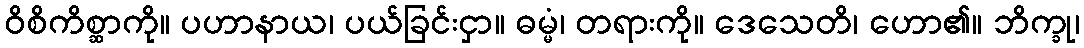
ဝိစိကိစ္ဆာကို။ ပဟာနာယ၊ ပယ်ခြင်းငှာ။ ဓမ္မံ၊ တရားကို။ ဒေသေတိ၊ ဟော၏။ ဘိက္ခု၊